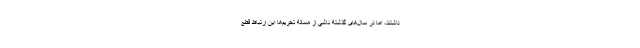
داشتند، اما در سال‌های گذشته ناشی از مساله تحریم‌ها این ارتباط قطع